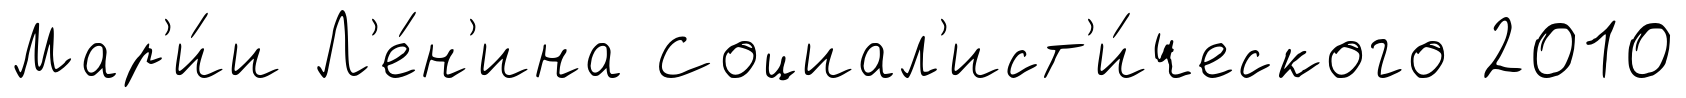
Мар'и́и Л'е́н'ина Социал'ист'и́ческого 2010